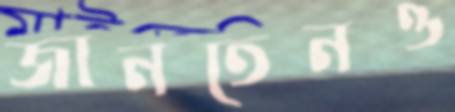
জানতেনও